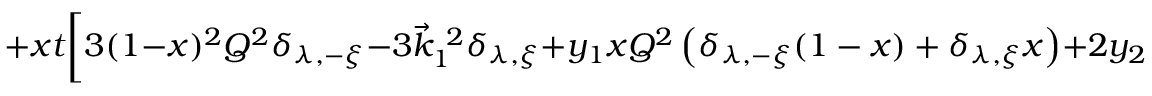
+ x t \biggl [ 3 ( 1 - x ) ^ { 2 } Q ^ { 2 } \delta _ { \lambda , - \xi } - 3 \vec { k } _ { 1 } ^ { ~ 2 } \delta _ { \lambda , \xi } + y _ { 1 } x Q ^ { 2 } \left( \delta _ { \lambda , - \xi } ( 1 - x ) + \delta _ { \lambda , \xi } x \right) + 2 y _ { 2 } ( 1 - x ) \kappa \delta _ { \lambda , \xi } \biggr ] \biggr \} \biggr ) ,